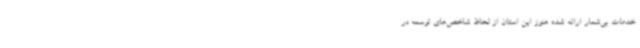
خدمات بی‌شمار ارائه شده هنوز این استان از لحاظ شاخص‌های توسعه در